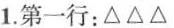
1.第一行：△△△